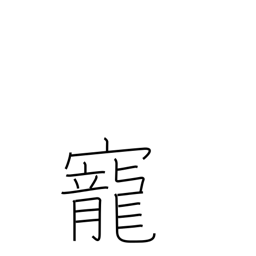
Meaning: love